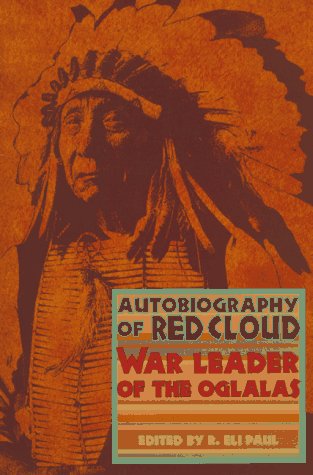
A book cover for Autobiography of Red Cloud: War Leader of the Oglalas; Biographies & Memoirs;